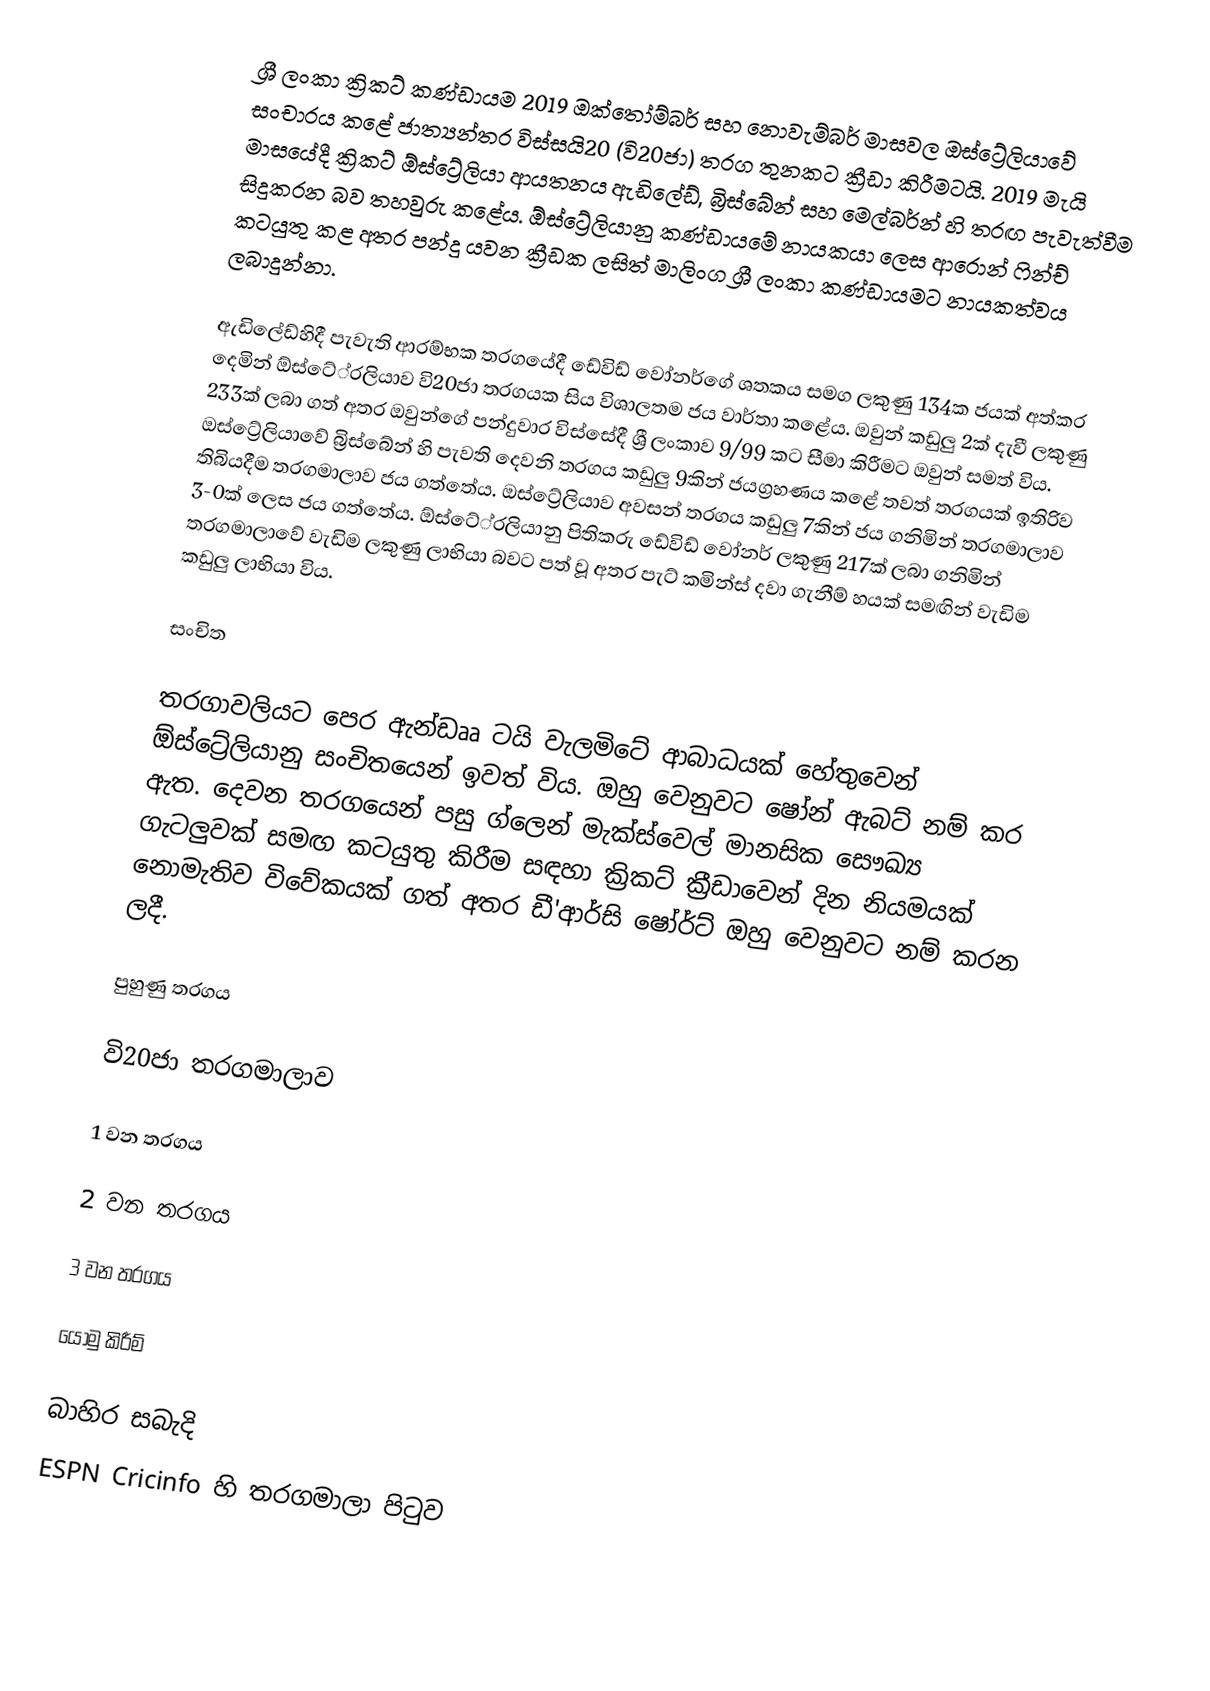
ශ්‍රී ලංකා ක්‍රිකට් කණ්ඩායම 2019 ඔක්තෝම්බර් සහ නොවැම්බර් මාසවල ඔස්ට්‍රේලියාවේ සංචාරය කළේ ජාත්‍යන්තර විස්සයි20 (වි20ජා) තරග තුනකට ක්‍රීඩා කිරීමටයි. 2019 මැයි මාසයේදී ක්‍රිකට් ඕස්ට්‍රේලියා ආයතනය ඇඩිලේඩ්, බ්‍රිස්බේන් සහ මෙල්බර්න් හි තරඟ පැවැත්වීම සිදුකරන බව තහවුරු කළේය. ඕස්ට්‍රේලියානු කණ්ඩායමේ නායකයා ලෙස ආරොන් ෆින්ච් කටයුතු කළ අතර පන්දු යවන ක්‍රීඩක ලසිත් මාලිංග ශ්‍රී ලංකා කණ්ඩායමට නායකත්වය ලබාදුන්නා.

ඇඩිලේඩ්හිදී පැවැති ආරම්භක තරගයේදී ඩේවිඩ් වෝනර්ගේ ශතකය සමග ලකුණු 134ක ජයක් අත්කර දෙමින් ඕස්ටේ‍්‍රලියාව වි20ජා තරගයක සිය විශාලතම ජය වාර්තා කළේය. ඔවුන් කඩුලු 2ක් දැවී ලකුණු 233ක් ලබා ගත් අතර ඔවුන්ගේ පන්දුවාර විස්සේදී ශ්‍රී ලංකාව 9/99 කට සීමා කිරීමට ඔවුන් සමත් විය. ඔස්ට්‍රේලියාවේ බ්‍රිස්බේන් හි පැවති දෙවනි තරගය කඩුලු 9කින් ජයග්‍රහණය කළේ තවත් තරගයක් ඉතිරිව තිබියදීම තරගමාලාව ජය ගත්තේය. ඔස්ට්‍රේලියාව අවසන් තරගය කඩුලු 7කින් ජය ගනිමින් තරගමාලාව 3-0ක් ලෙස ජය ගත්තේය. ඕස්ටේ‍්‍රලියානු පිතිකරු ඩේවිඩ් වෝනර් ලකුණු 217ක් ලබා ගනිමින් තරගමාලාවේ වැඩිම ලකුණු ලාභියා බවට පත් වූ අතර පැට් කමින්ස් දවා ගැනීම් හයක් සමඟින් වැඩිම කඩුලු ලාභියා විය.

සංචිත

තරගාවලියට පෙර ඇන්ඩෲ ටයි වැලමිටේ ආබාධයක් හේතුවෙන් ඕස්ට්‍රේලියානු සංචිතයෙන් ඉවත් විය. ඔහු වෙනුවට ෂෝන් ඇබට් නම් කර ඇත. දෙවන තරගයෙන් පසු ග්ලෙන් මැක්ස්වෙල් මානසික සෞඛ්‍ය ගැටලුවක් සමඟ කටයුතු කිරීම සඳහා ක්‍රිකට් ක්‍රීඩාවෙන් දින නියමයක් නොමැතිව විවේකයක් ගත් අතර ඩී'ආර්සි ෂෝර්ට් ඔහු වෙනුවට නම් කරන ලදී.

පුහුණු තරගය

වි20ජා තරගමාලාව

1 වන තරගය

2 වන තරගය

3 වන තරගය

යොමු කිරීම්

බාහිර සබැදි
ESPN Cricinfo හි තරගමාලා පිටුව